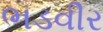
ભડવીર